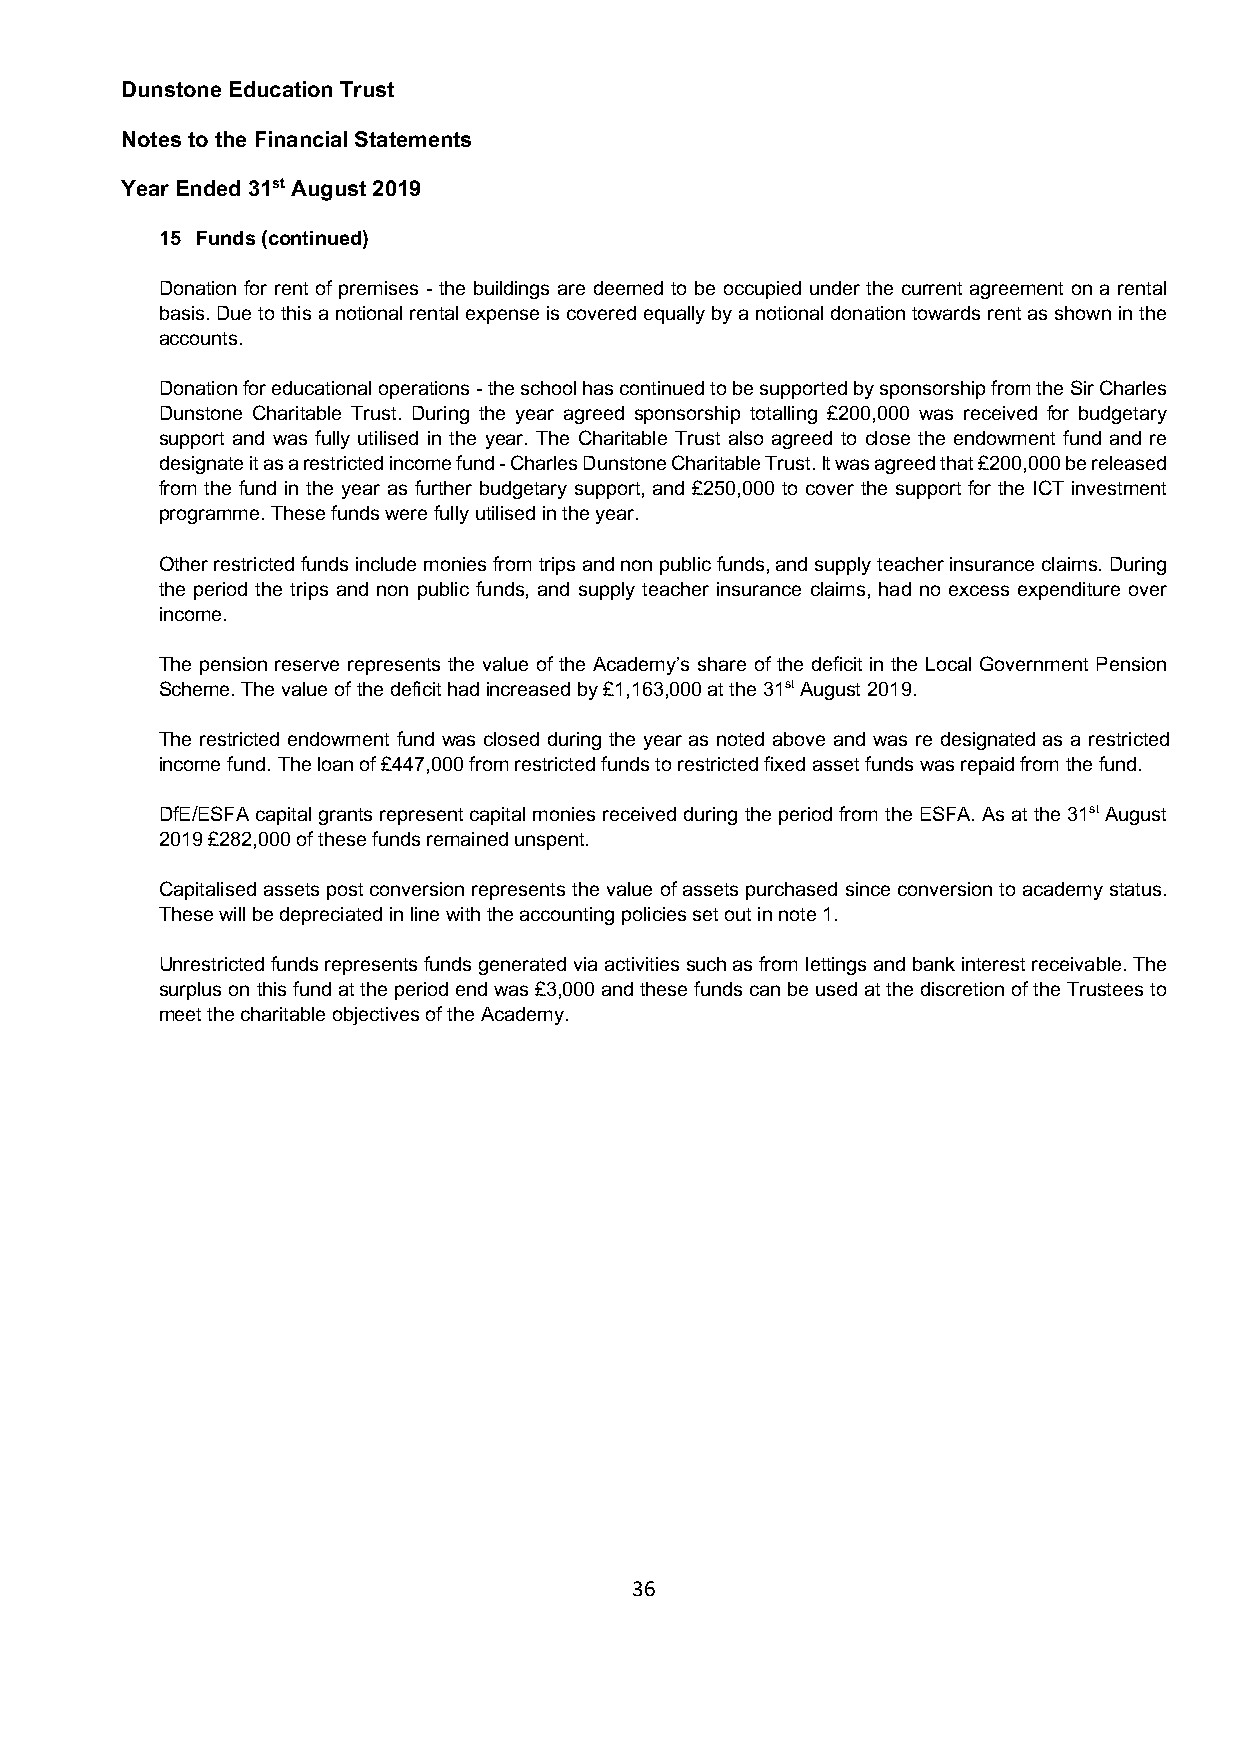
Dunstone Education Trust
 Notes to the Financial Statements
 Year Ended 31st August 2019
 15 Funds (continued)
 Donation for rent of premises - the buildings are deemed to be occupied under the current agreement on a rental
 basis. Due to this a notional rental expense is covered equally by a notional donation towards rent as shown in the
 accounts.
 Donation for educational operations - the school has continued to be supported by sponsorship from the Sir Charles
 Dunstone Charitable Trust. During the year agreed sponsorship totalling £200,000 was received for budgetary
 support and was fully utilised in the year. The Charitable Trust also agreed to close the endowment fund and re
 designate it as a restricted income fund - Charles Dunstone Charitable Trust. It was agreed that £200,000 be released
 from the fund in the year as further budgetary support, and £250,000 to cover the support for the ICT investment
 programme. These funds were fully utilised in the year.
 Other restricted funds include monies from trips and non public funds, and supply teacher insurance claims. During
 the period the trips and non public funds, and supply teacher insurance claims, had no excess expenditure over
 income.
 The pension reserve represents the value of the Academy’s share of the deficit in the Local Government Pension
 Scheme. The value of the deficit had increased by £1,163,000 at the 31st August 2019.
 The restricted endowment fund was closed during the year as noted above and was re designated as a restricted
 income fund. The loan of £447,000 from restricted funds to restricted fixed asset funds was repaid from the fund.
 DfE/ESFA capital grants represent capital monies received during the period from the ESFA. As at the 31st August
 2019 £282,000 of these funds remained unspent.
 Capitalised assets post conversion represents the value of assets purchased since conversion to academy status.
 These will be depreciated in line with the accounting policies set out in note 1.
 Unrestricted funds represents funds generated via activities such as from lettings and bank interest receivable. The
 surplus on this fund at the period end was £3,000 and these funds can be used at the discretion of the Trustees to
 meet the charitable objectives of the Academy.
 36